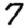
Digit: 7